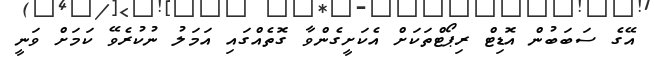
އޭގެ ސަބަބުން އޮޑިޓް ރިޕޯޓްތަކަށް އެކަށީގެންވާ ގޮތެއްގައި އަމަލު ނުކުރެވޭ ކަމަށް ވަނީ